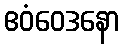
ဧဝံဝေဒနော